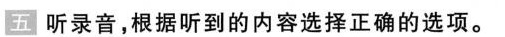
五 听 录音,根据听到的内容选择正确的选项.